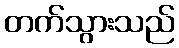
တက်သွားသည်